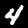
Digit: 4